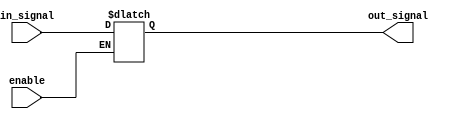
module buffer (
    input wire enable,
    input wire in_signal,
    output reg out_signal
);

always @ (enable, in_signal)
begin
    if(enable)
        out_signal <= in_signal;
end

endmodule